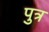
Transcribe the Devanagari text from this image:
पुत्र